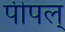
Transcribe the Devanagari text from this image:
पीपल्